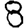
Digit: 8